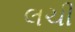
લચી